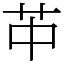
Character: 𦬕